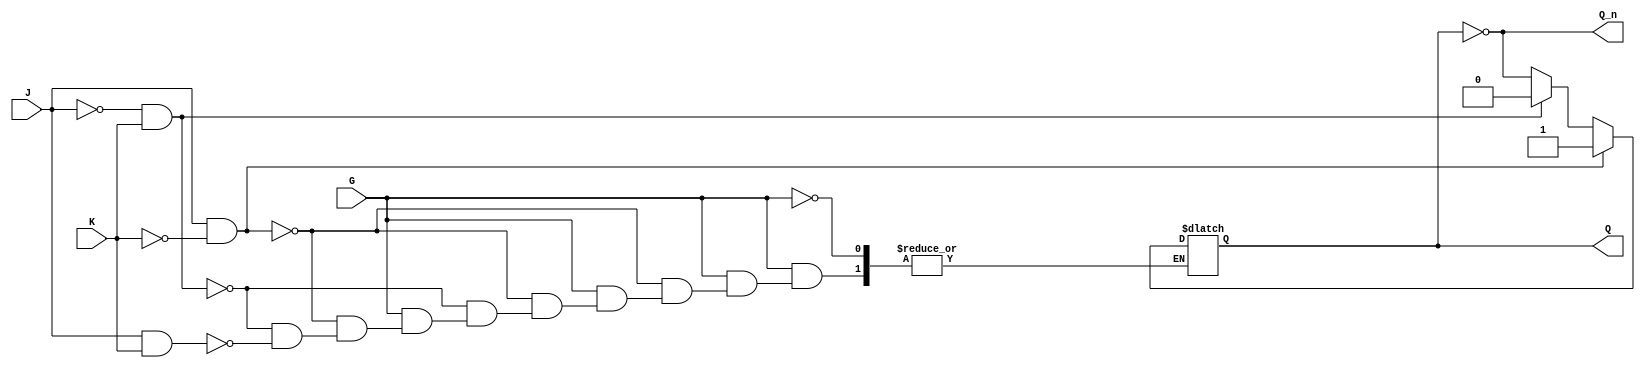
module gated_jk_latch (
    input wire J,        // Set input
    input wire K,        // Reset input
    input wire G,        // Gate input
    output reg Q,        // Latch output
    output wire Q_n      // Complement of Q
);

    // Complement of Q
    assign Q_n = ~Q;

    // Process block for the latch
    always @(*) begin
        if (G) begin
            if (J && ~K) begin
                Q = 1;    // Set Q to 1
            end else if (~J && K) begin
                Q = 0;    // Reset Q to 0
            end else if (J && K) begin
                Q = ~Q;   // Toggle Q
            end
            // If J=0 and K=0, Q remains unchanged
        end
        // If G is low, Q retains its previous value
    end

endmodule